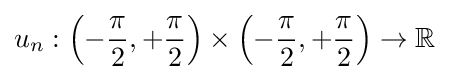
u_{n}:\left(-{\frac {\pi }{2}},+{\frac {\pi }{2}}\right)\times \left(-{\frac {\pi }{2}},+{\frac {\pi }{2}}\right)\to \mathbb {R}